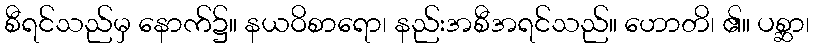
စီရင်သည်မှ နောက်၌။ နယဝိစာရော၊ နည်းအစီအရင်သည်။ ဟောတိ၊ ၏။ ပစ္ဆာ၊